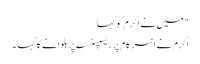
" میں نے اکرم کو کہا
اکرم نے انٹر کام پر ریسپسنسٹ پر بلوانے کا کہا ۔